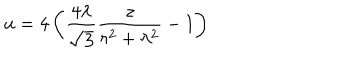
LaTeX: u = 4 \left( { \frac { 4 \lambda } { \sqrt { 3 } } } { \frac { z } { r ^ { 2 } + \lambda ^ { 2 } } } - 1 \right)